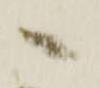
へ